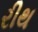
રીથ